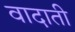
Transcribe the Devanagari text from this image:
वादाती